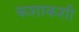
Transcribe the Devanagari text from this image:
कशाकशी